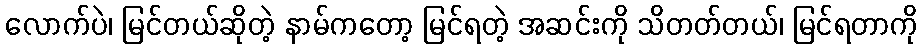
လောက်ပဲ၊ မြင်တယ်ဆိုတဲ့ နာမ်ကတော့ မြင်ရတဲ့ အဆင်းကို သိတတ်တယ်၊ မြင်ရတာကို